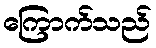
ကြောက်သည်